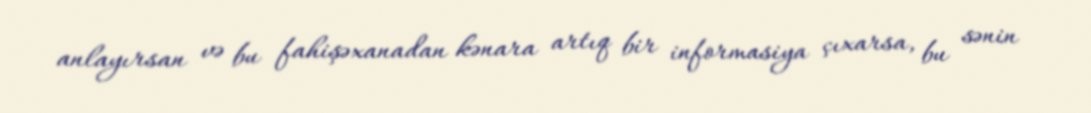
anlayırsan və bu fahişəxanadan kənara artıq bir informasiya çıxarsa, bu sənin